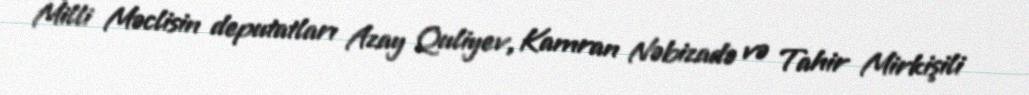
Milli Məclisin deputatları Azay Quliyev, Kamran Nəbizadə və Tahir Mirkişili